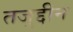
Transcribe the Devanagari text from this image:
तजुद्दीन